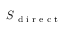
S \textsubscript { d i r e c t }